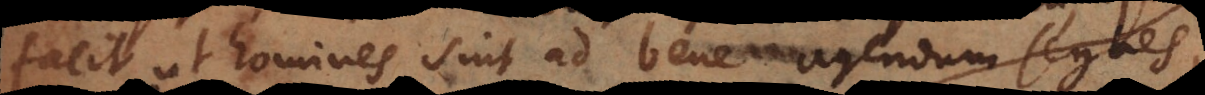
facit ut homines sint ad bene agendum segnes,